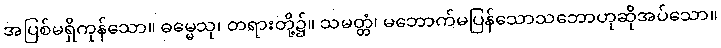
အပြစ်မရှိကုန်သော။ ဓမ္မေသု၊ တရားတို့၌။ သမတ္တံ၊ မဘောက်မပြန်သောသဘောဟုဆိုအပ်သော။